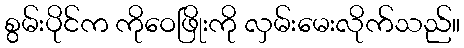
စွမ်းပိုင်က ကိုဝေဖြိုးကို လှမ်းမေးလိုက်သည်။